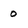
Character: 0